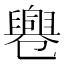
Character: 𠨨